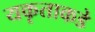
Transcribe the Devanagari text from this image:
यकृताकडे